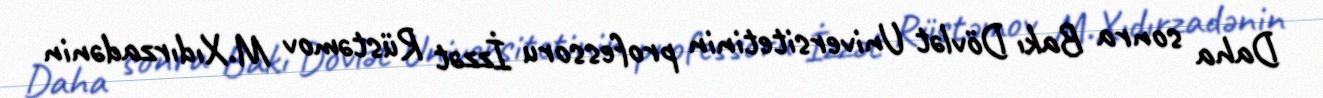
Daha sonra Bakı Dövlət Universitetinin professoru İzzət Rüstəmov M.Xıdırzadənin